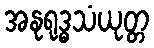
အနုရုဒ္ဓသံယုတ္တ